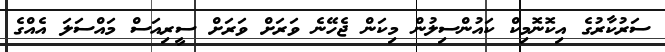
ސަަރުކާރުގެ އިކޮނޮމިކް ކައުންސިލުން މިކަން ޖެހޭނެ ވަރަށް ވަރަށް ސީރިއަސް މައްސަލަ އެއްގެ